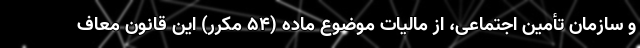
و سازمان تأمین اجتماعی، از مالیات موضوع ماده (۵۴ مکرر) این قانون معاف